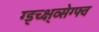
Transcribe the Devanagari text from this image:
ग्ड्च्क्ष्व्सेग्फ्व